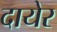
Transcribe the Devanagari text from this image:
दायेर